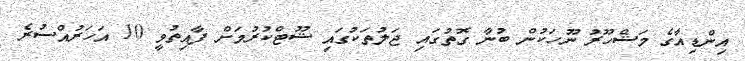
އިންޑިއާގެ މަޝްހޫރު ނޫހަކުން ބުނާ ގޮތުގައި ޖަލުތަކުގައި ޝޫޓްކުރުމަށް ފާއިތުވީ 10 އަހަރުއްސުރެ